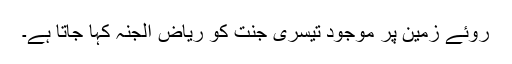
روئے زمین پر موجود تیسری جنت کو ریاض الجنہ کہا جاتا ہے۔